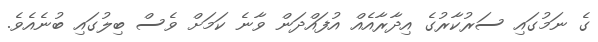
ގެ ނަމުގައި ސަރުކާރުގެ އިދާރާއެއް އުފައްދަން ވާނެ ކަމަށް ވެސް ބިލުގައި ބުނެއެވެ.